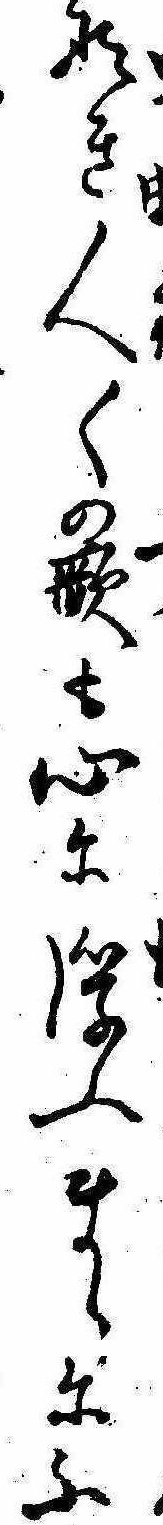
なき人〱の歌も心に浮ふまゝにふ